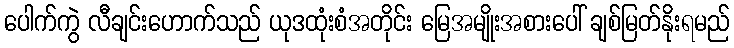
ပေါက်ကွဲ လီချင်းဟောက်သည် ယုဒထုံးစံအတိုင်း မြေအမျိုးအစားပေါ် ချစ်မြတ်နိုးရမည်